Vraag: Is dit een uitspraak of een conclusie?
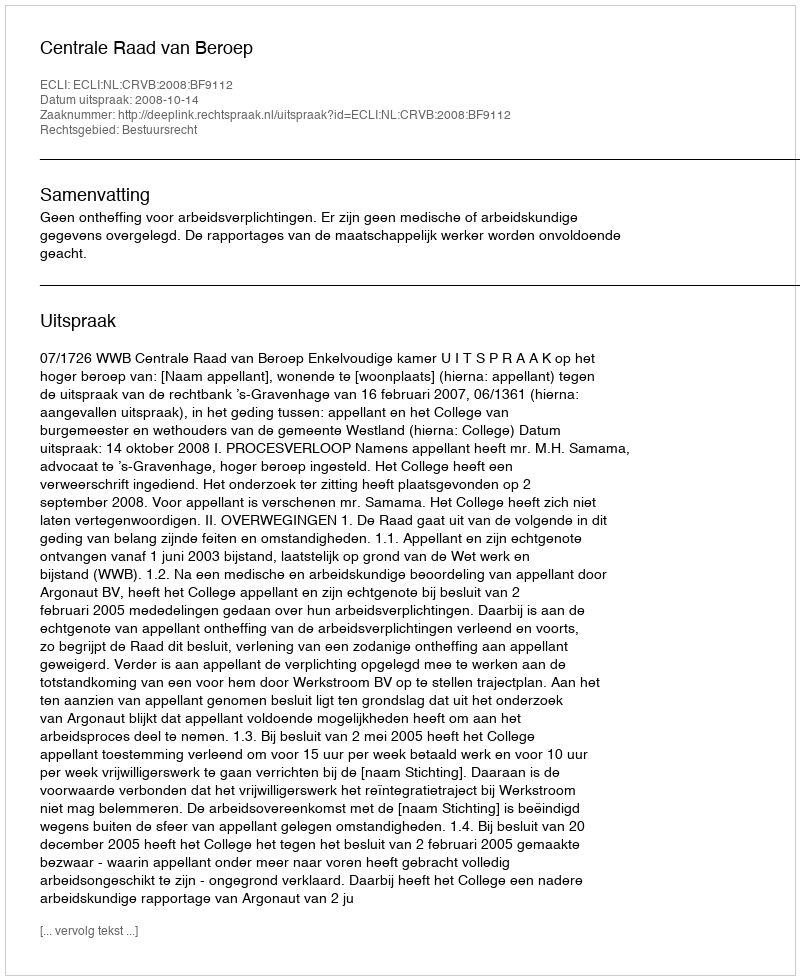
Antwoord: Uitspraak